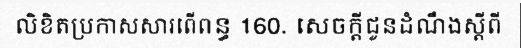
លិខិតប្រកាសសារពើពន្ធ 160. សេចក្តីជូនដំណឹងស្តីពី